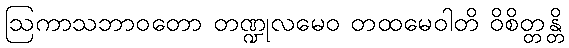
ဩကာသဘာဝတော တဏ္ဍုလမေဝ တထမေဝါတိ ဝိစိတ္တန္တိ